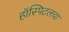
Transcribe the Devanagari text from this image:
हॉस्पिटलचा